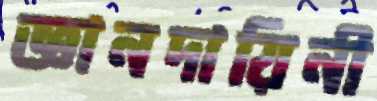
জ্ঞানদায়িনী